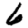
Digit: 6